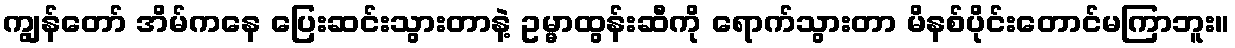
ကျွန်တော် အိမ်ကနေ ပြေးဆင်းသွားတာနဲ့ ဥမ္မာထွန်းဆီကို ရောက်သွားတာ မိနစ်ပိုင်းတောင်မကြာဘူး။